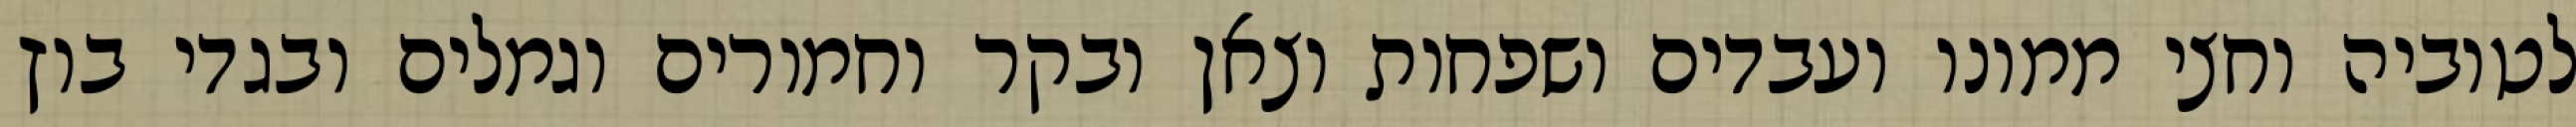
לטוביה וחצי ממונו ועבדים ושפחות וצאן ובקר וחמורים וגמלים ובגדי בוץ